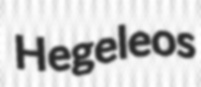
Hegeleos